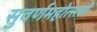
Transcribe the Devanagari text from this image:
सुवर्णमहोत्‍सवी